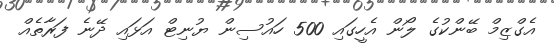
އެގްޒިމް ބޭންކުގެ ލޯން އެހީގައި 500 ހައުސިން ޔުނިޓް އަޅައި ދޭނެ ފަރާތެއް